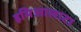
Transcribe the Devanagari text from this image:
इमिआलाटा